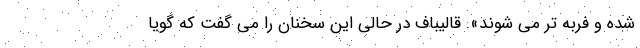
شده و فربه تر می شوند». قالیباف در حالی این سخنان را می گفت که گویا